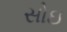
સોઇ